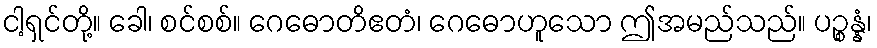
ငါ့ရှင်တို့။ ခေါ၊ စင်စစ်။ ဂေဓောတိဧတံ၊ ဂေဓောဟူသော ဤအမည်သည်။ ပဉ္စန္နံ၊